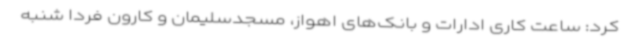
کرد: ساعت کاری ادارات و بانک‌های اهواز، مسجدسلیمان و کارون فردا شنبه